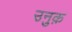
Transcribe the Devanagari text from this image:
उनुक़